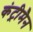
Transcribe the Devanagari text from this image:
कंट्रीमैन